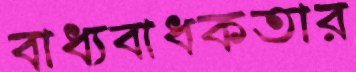
বাধ্যবাধকতার